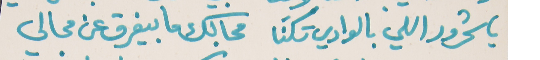
يا شحرور اللي بالوادي سَكنَا   مجالك ما بيفرق عن مجالي